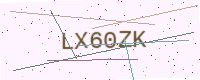
Text: LX60ZK